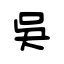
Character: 吳